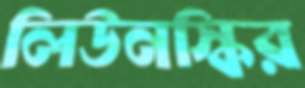
লিউনস্কির